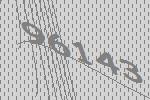
96143